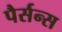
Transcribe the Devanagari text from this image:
पैर्सन्स